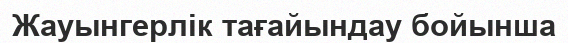
Жауынгерлiк тағайындау бойынша